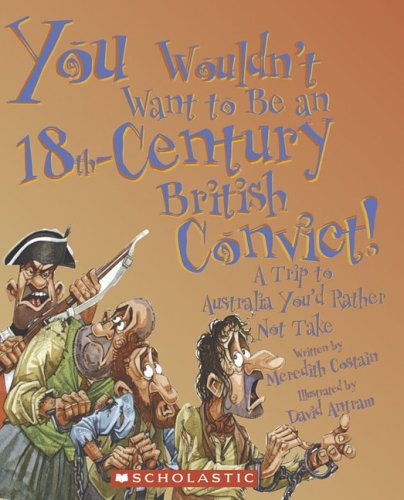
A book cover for You Wouldn't Want to Be an 18th-Century British Convict!: A Trip to Australia You'd Rather Not Take; Meredith Costain; Children's Books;